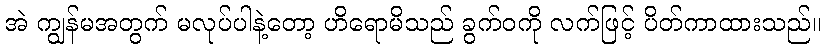
အဲ ကျွန်မအတွက် မလုပ်ပါနဲ့တော့ ဟိရောမိသည် ခွက်ဝကို လက်ဖြင့် ပိတ်ကာထားသည်။